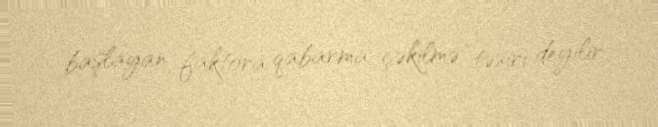
başlayan faktora qabarma-çəkilmə təsiri deyilir.